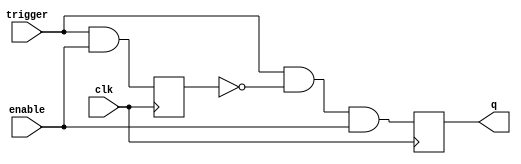
`timescale 1ns / 1ps
//////////////////////////////////////////////////////////////////
//    IonControl 1.0:  Copyright 2016 Sandia Corporation              
//    This Software is released under the GPL license detailed    
//    in the file "license.txt" in the top-level pyGSTi directory 
//////////////////////////////////////////////////////////////////

module clk_monoflop(
	input wire clk,
	input wire trigger,
	input wire enable,
	output reg q=0
    );

reg previous = 0;

always @(posedge clk) begin
	previous <= trigger & enable;
	q <= trigger & ~previous & enable;
end

endmodule